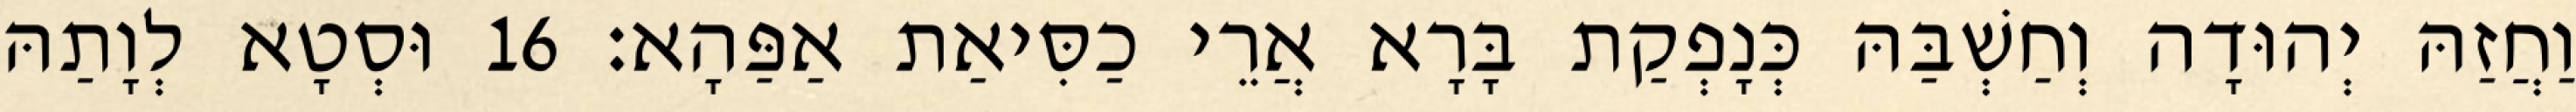
וַחֲזַהּ יְהוּדָה וְחַשְׁבַּהּ כְּנָפְקַת בָּרָא אֲרֵי כַסִּיאַת אַפַּהָא׃ 16 וּסְטָא לְוָתַהּ